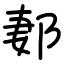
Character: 郪